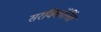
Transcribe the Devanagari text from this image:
सरविकॉर्निस